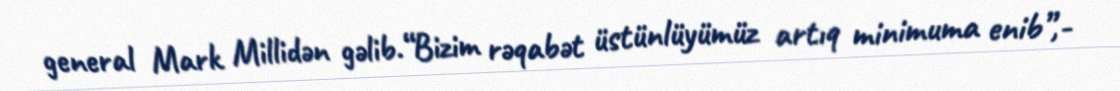
general Mark Millidən gəlib.“Bizim rəqabət üstünlüyümüz artıq minimuma enib”,-